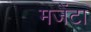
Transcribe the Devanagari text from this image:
मजेंटा